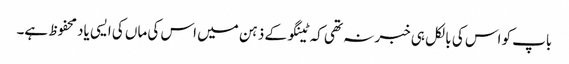
باپ کو اس کی بالکل ہی خبر نہ تھی کہ ٹینگو کے ذہن میں اس کی ماں کی ایسی یاد محفوظ ہے۔